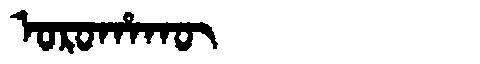
Manchu: ᠣᡵᠣᡥᠠᡴᡡ
Romanization: OROHAKŪ